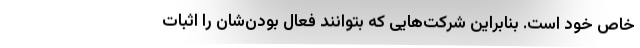
خاص خود است. بنابراین شرکت‌هایی که بتوانند فعال بودن‌شان را اثبات